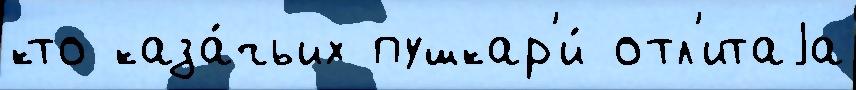
кто каза́чьих пушкар'и́ отл'итаjа